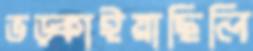
ভড়্‌কাইয়াছিলি